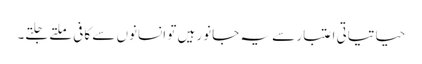
حیاتیاتی اعتبار سے یہ جانور ہیں تو انسانوں سے کافی ملتے جلتے۔